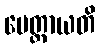
မေတ္တာယတိ